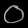
Digit: ၀